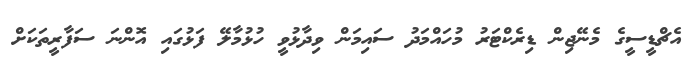
އެޗްޑީސީގެ މެނޭޖިން ޑިރެކްޓަރު މުހައްމަދު ސައިމަން ވިދާޅުވީ ހުޅުމާލޭ ފަޅުގައި އޮންނަ ސަފާރީތަކަށް